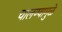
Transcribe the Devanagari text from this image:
चालण्यामुळे